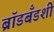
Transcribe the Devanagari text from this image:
ब्रॉडबँडशी